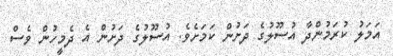
އަމަލު ކުރަމުންދާ އުސޫލުގެ ދަށުން ކަމަށެވެ. އުސޫލުގެ ދަށުން އެ ދެމީހުން ވެސް